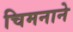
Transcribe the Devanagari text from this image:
चिमनाने